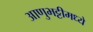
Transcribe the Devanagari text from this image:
आणुभट्टीमध्ये